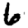
Digit: 6